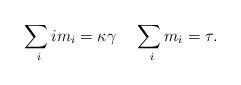
LaTeX: \begin{align*} \sum_{ ~ i} i m_i = \kappa \gamma \; \; \; \; \sum_{ ~i} m_i = \tau .\end{align*}